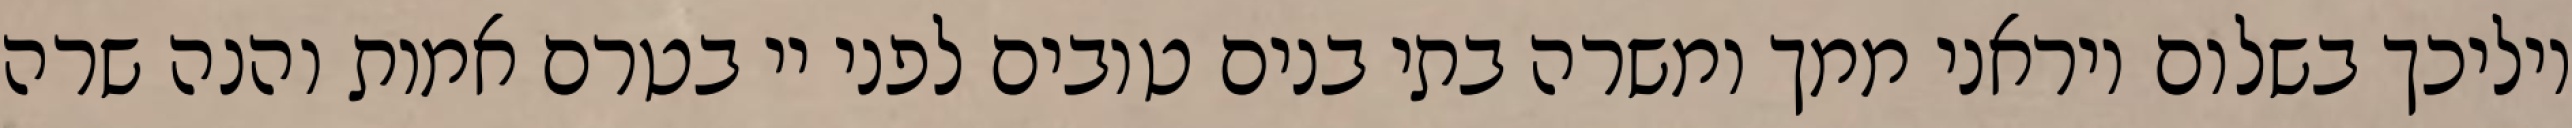
יוליכך בשלום ויראני ממך ומשרה בתי בנים טובים לפני יי בטרם אמות והנה שרה